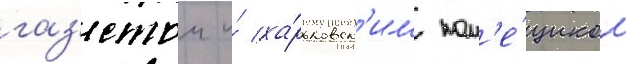
газ'етои и́ ха́рьковск'им пом'е́щиком